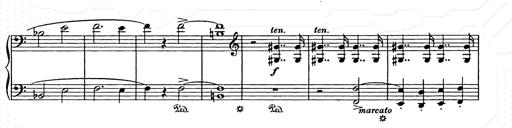
Title: Unstern!
Composer: Franz Liszt